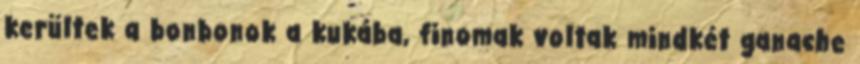
kerültek a bonbonok a kukába, finomak voltak mindkét ganache